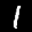
Label: 1